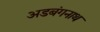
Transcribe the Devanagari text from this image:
अडबंगनाथ